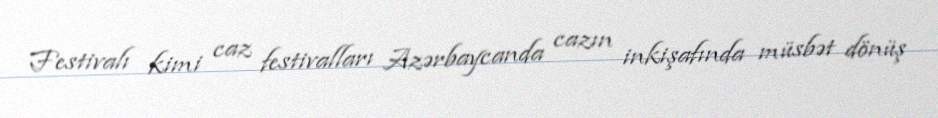
Festivalı kimi caz festivalları Azərbaycanda cazın inkişafında müsbət dönüş